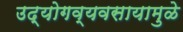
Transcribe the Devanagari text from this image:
उद्योगव्यवसायामुळे